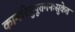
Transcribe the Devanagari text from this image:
कामरिपुपूतमनःसुकेत